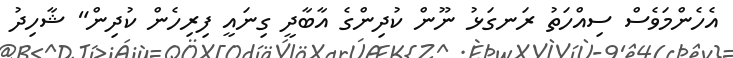
އެހެންމަވެސް ސިއްހަތު ރަނގަޅު ނޫން ކުދިންގެ އާބާދީ ގިނައީ ފިރިހެން ކުދިން" ޝާހިދު